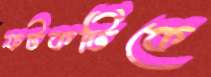
ফটকটিকে